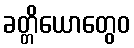
ခတ္တိယောတွေဝ